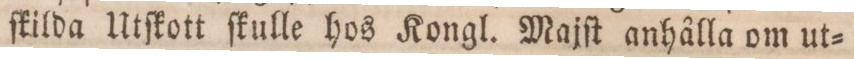
ſkilda Utſkott ſkulle hos Kongl. Majſt anhålla om ut=